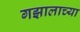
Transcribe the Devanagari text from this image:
गझालाच्या